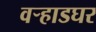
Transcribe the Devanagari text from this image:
वर्‍हाडघर